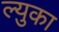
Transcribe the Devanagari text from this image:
ल्युका